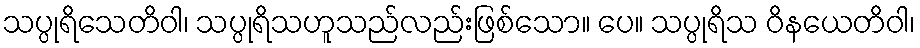
သပ္ပုရိသေတိဝါ၊ သပ္ပုရိသဟူသည်လည်းဖြစ်သော။ ပေ။ သပ္ပုရိသ ဝိနယေတိဝါ၊